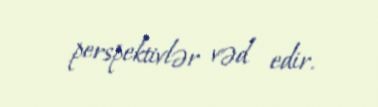
perspektivlər vəd edir.